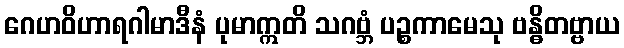
ဂေဟဝိဟာရဂါမာဒီနံ ပုမာဣတိ သဂဗ္ဘံ ပဉ္စကာမေသု ဗန္ဓိတဗ္ဗာယ